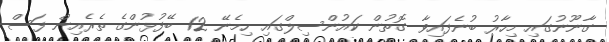
ގާނޫނުގައި މިހާރު ބުނެފައިވާ ގޮތުން ކައުންސިލްގައި ހިމެނޭ 12 ބޭފުޅުންގެ ތެރެއިން ފަސް